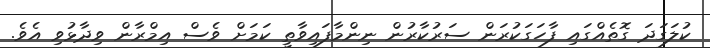
ކުލަގަދަ ގޮތެއްގައި ފާހަގަކުރަން ސަރުކާރުން ނިންމާފައިވާތީ ކަމަށް ވެސް އިމްރާން ވިދާޅުވި އެވެ.